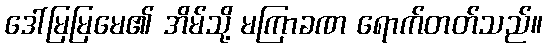
ဒေါ်မြမြမေ၏ အိမ်သို့ မကြာခဏ ရောက်တတ်သည်။